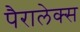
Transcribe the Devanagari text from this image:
पैरालेक्स